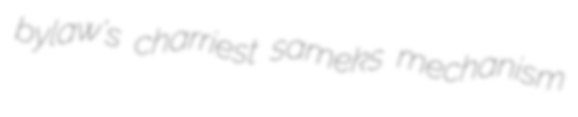
bylaw's charriest sameks mechanism